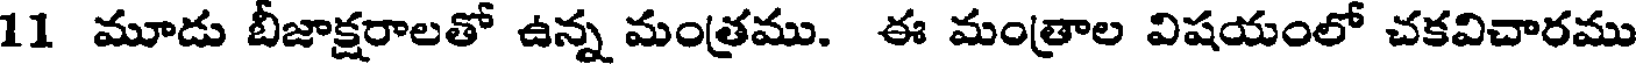
11 మూడు బీజాక్షరాలతో ఉన్న మంత్రము. ఈ మంత్రాల విషయంలో చకవిచారము